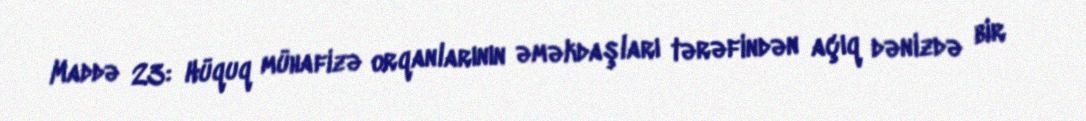
Maddə 23: Hüquq mühafizə orqanlarının əməkdaşları tərəfindən açıq dənizdə bir